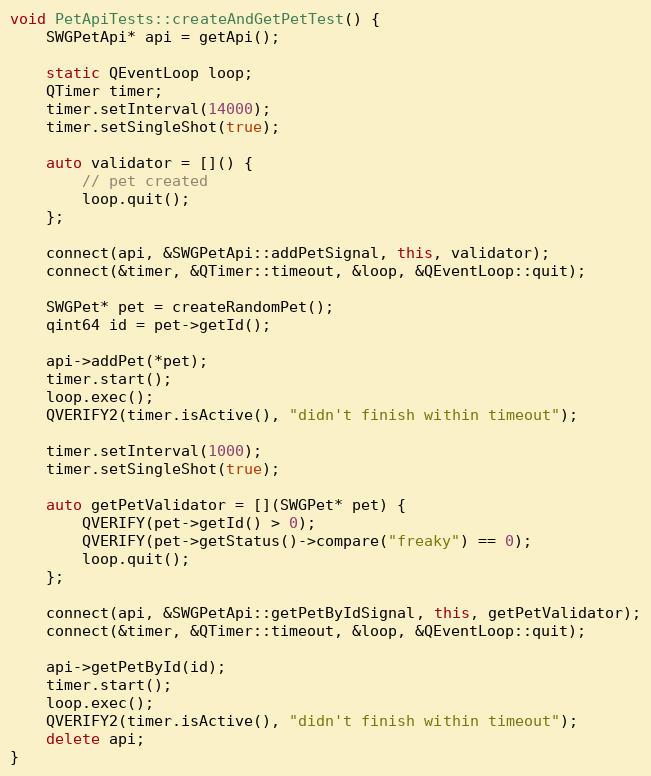
Language: C++
void PetApiTests::createAndGetPetTest() {
    SWGPetApi* api = getApi();

    static QEventLoop loop;
    QTimer timer;
    timer.setInterval(14000);
    timer.setSingleShot(true);

    auto validator = []() {
        // pet created
        loop.quit();
    };

    connect(api, &SWGPetApi::addPetSignal, this, validator);
    connect(&timer, &QTimer::timeout, &loop, &QEventLoop::quit);

    SWGPet* pet = createRandomPet();
    qint64 id = pet->getId();

    api->addPet(*pet);
    timer.start();
    loop.exec();
    QVERIFY2(timer.isActive(), "didn't finish within timeout");

    timer.setInterval(1000);
    timer.setSingleShot(true);

    auto getPetValidator = [](SWGPet* pet) {
        QVERIFY(pet->getId() > 0);
        QVERIFY(pet->getStatus()->compare("freaky") == 0);
        loop.quit();
    };

    connect(api, &SWGPetApi::getPetByIdSignal, this, getPetValidator);
    connect(&timer, &QTimer::timeout, &loop, &QEventLoop::quit);

    api->getPetById(id);
    timer.start();
    loop.exec();
    QVERIFY2(timer.isActive(), "didn't finish within timeout");
    delete api;
}